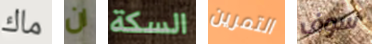
ماك ان السكة التمرين سوف